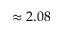
\approx 2 . 0 8